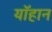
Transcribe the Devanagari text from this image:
यॉहान